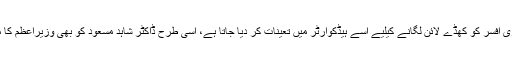
جس طرح ایک سرکاری افسر کو کھڈے لائن لگانے کیلیے اسے ہیڈکوارٹر میں تعینات کر دیا جاتا ہے، اسی طرح ڈاکٹر شاہد مسعود کو بھی وزیراعظم کا مشییر مقرر کر دیا گیا۔